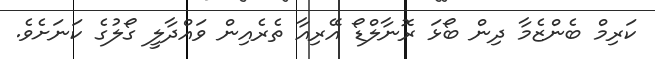
ކަރިމް ބެންޒެމާ ދިން ބޯޅަ ރޮނާލްޑޯ އޭރިއާ ތެެރެއިން ވައްދާލީ ގޯލުގެ ކަނަށެވެ.